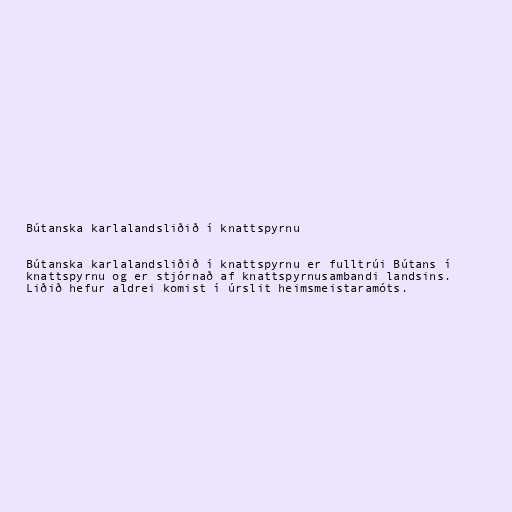
Bútanska karlalandsliðið í knattspyrnu

Bútanska karlalandsliðið í knattspyrnu er fulltrúi Bútans í
knattspyrnu og er stjórnað af knattspyrnusambandi landsins.
Liðið hefur aldrei komist í úrslit heimsmeistaramóts.